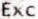
EXC